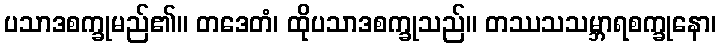
ပသာဒစက္ခုမည်၏။ တဒေတံ၊ ထိုပသာဒစက္ခုသည်။ တဿသသမ္ဘာရစက္ခုနော၊